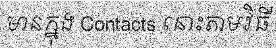
មានក្នុង Contacts នោះតាមវិធី